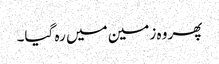
پھر وہ زمین میں رہ گیا۔